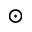
_ \odot